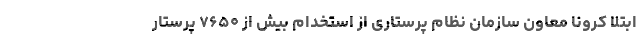
ابتلا کرونا معاون سازمان نظام پرستاری از استخدام بیش از ۷۶۵۰ پرستار